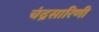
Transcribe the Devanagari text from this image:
चंद्रसारिणी